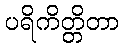
ပရိကိတ္တိတာ